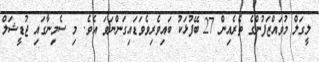
ލީގަލް މުވައްޒަފުންގެ ތެރެއިން 27 ބޭފުޅަކު ބައިވެރިވެވަޑައިގަންނަވަ އެވެ. މި ސެމިނާގައި ޖުޑީޝަލް